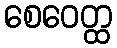
စေဝေတ္ထ